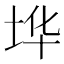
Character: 𰉪